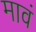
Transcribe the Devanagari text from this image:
मावं